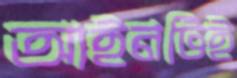
আইনটিই